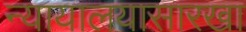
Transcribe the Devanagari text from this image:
न्यायालयासारखा